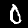
Digit: 0